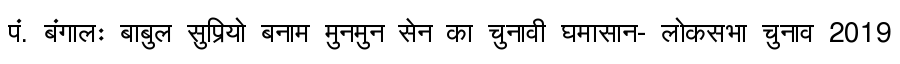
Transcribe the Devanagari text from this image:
पं. बंगालः बाबुल सुप्रियो बनाम मुनमुन सेन का चुनावी घमासान- लोकसभा चुनाव 2019